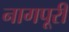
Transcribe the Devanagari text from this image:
नागपूरी